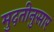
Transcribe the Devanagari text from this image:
मुदतीनुसार